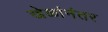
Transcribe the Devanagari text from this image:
खेळांनंतर